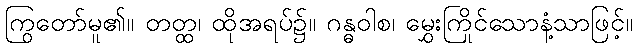
ကြွတော်မူ၏။ တတ္ထ၊ ထိုအရပ်၌။ ဂန္ဓဝါစ၊ မွှေးကြိုင်သောနံ့သာဖြင့်။